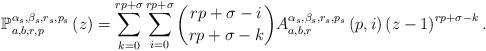
LaTeX: \begin{align*}\mathbb{P}_{a,b,r,p}^{\alpha _{s},\beta _{s},r_{s},p_{s}}\left( z\right)=\sum_{k=0}^{rp+\sigma }\sum_{i=0}^{rp+\sigma }\binom{rp+\sigma -i}{rp+\sigma -k}A_{a,b,r}^{\alpha _{s},\beta _{s},r_{s},p_{s}}\left( p,i\right)\left( z-1\right) ^{rp+\sigma -k}. \end{align*}